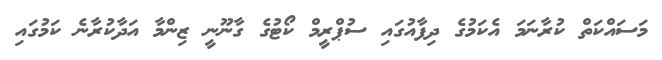
މަސައްކަތް ކުރާނަމަ އެކަމުގެ ދިފާއުގައި ސުޕްރީމް ކޯޓުގެ ގާނޫނީ ޒިންމާ އަދާކުރާނެ ކަމުގައި